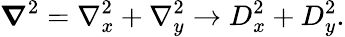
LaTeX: \boldsymbol{\nabla}^{2}=\nabla_{x}^{2}+\nabla_{y}^{2}\rightarrow D_{x}^{2}+D_{y}^{2}.